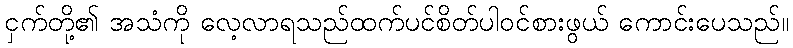
ငှက်တို့၏ အသံကို လေ့လာရသည်ထက်ပင်စိတ်ပါဝင်စားဖွယ် ကောင်းပေသည်။